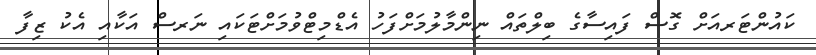
ކައުންޓަރއަށް ގޮސް ފައިސާގެ ބިލްތައް ނިންމާލުމަށްފަހު އެޑްމިޓްވުމަށްޓަކައި ނަރސް އަކާއި އެކު ޒިފާ